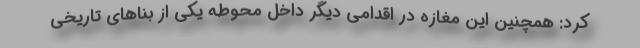
کرد: همچنین این مغازه در اقدامی دیگر داخل محوطه یکی از بناهای تاریخی